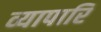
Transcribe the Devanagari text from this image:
व्यापारि